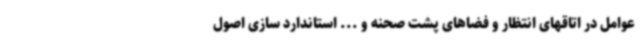
عوامل در اتاقهای انتظار و فضاهای پشت صحنه و ... استاندارد سازی اصول